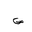
Letter: _sad